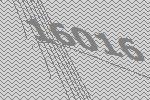
16016